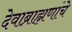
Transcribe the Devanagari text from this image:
देवाब्राह्मणांचे